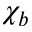
\chi _ { b }